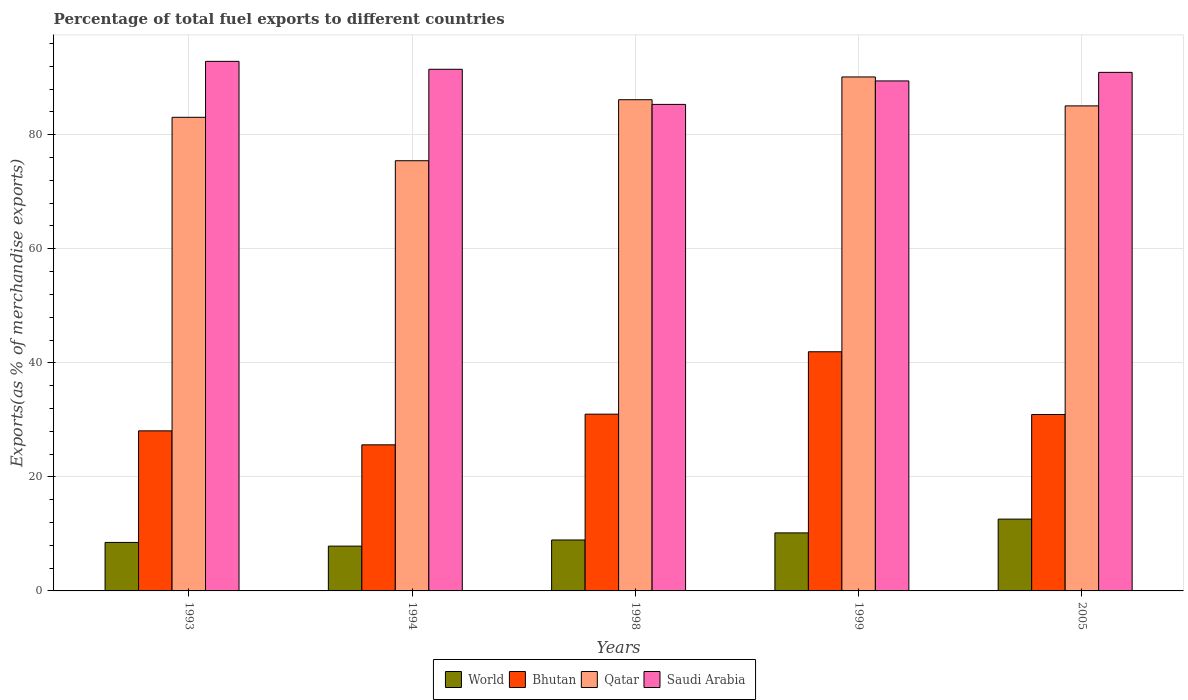
| Years | World | Bhutan | Qatar | Saudi Arabia |
 | --- | --- | --- | --- | --- |
 | 1993 | 8.5 | 28.1 | 83.1 | 92.9 |
 | 1994 | 7.86 | 25.6 | 75.4 | 91.5 |
 | 1998 | 8.93 | 31 | 86.1 | 85.3 |
 | 1999 | 10.2 | 41.9 | 90.1 | 89.4 |
 | 2005 | 12.6 | 30.9 | 85.1 | 90.9 |